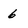
Character: 6